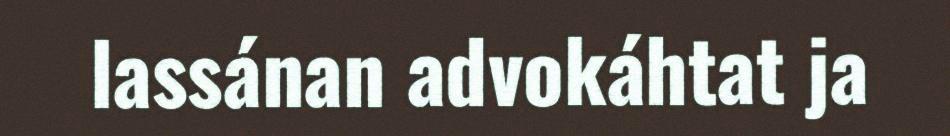
lassánan advokáhtat ja